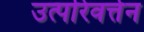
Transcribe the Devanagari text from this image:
उत्परिवर्त्तन